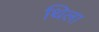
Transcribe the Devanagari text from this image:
थिला